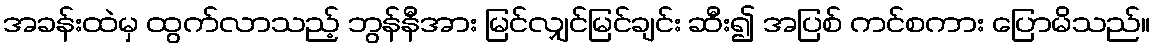
အခန်းထဲမှ ထွက်လာသည့် ဘွန်နီအား မြင်လျှင်မြင်ချင်း ဆီး၍ အပြစ် ကင်စကား ပြောမိသည်။